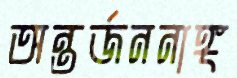
অন্তর্জননাঙ্গ